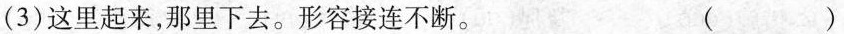
(3)这里起来，那里下去。形容接连不断。 ( )